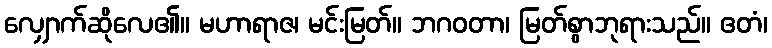
လျှောက်ဆိုလေ၏။ မဟာရာဇ၊ မင်းမြတ်။ ဘဂဝတာ၊ မြတ်စွာဘုရားသည်။ ဧတံ၊